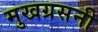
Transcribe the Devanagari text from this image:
मुखग्रसनी